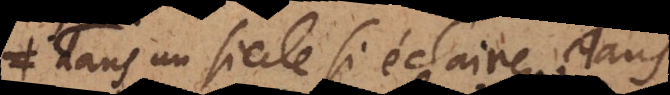
dans un siecle si éclairé, dans